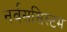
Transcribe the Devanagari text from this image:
नर्वससिस्टम